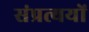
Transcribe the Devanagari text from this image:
संप्रत्ययों